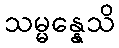
သမ္မန္နေသိ